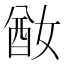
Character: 𡞜